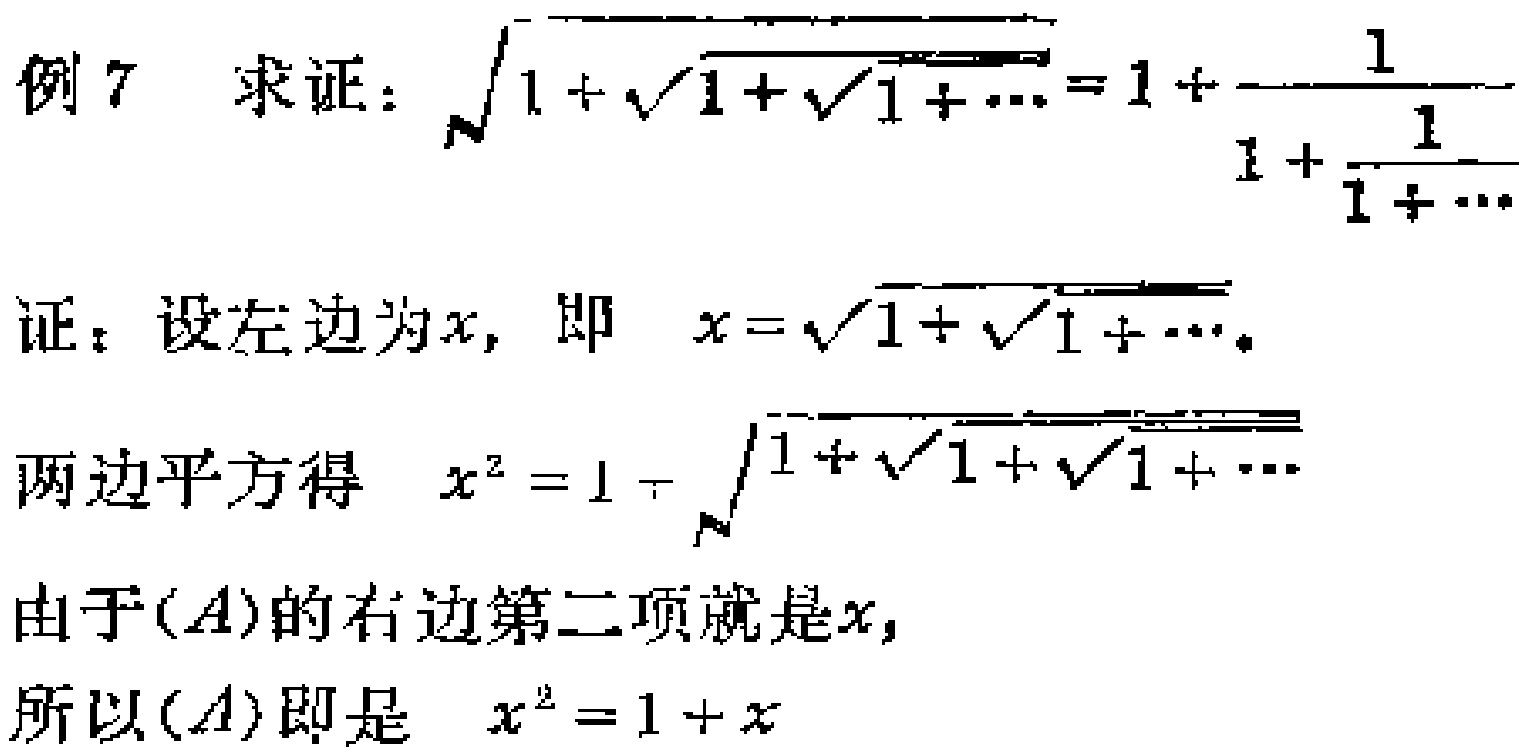
例 7 求证：\(\sqrt{1 + \sqrt{1 + \sqrt{1 + \cdots}}} = 1+\frac{1}{1 + \frac{1}{1+\cdots}}\)

证：设左边为\(x\)，即 \(x = \sqrt{1 + \sqrt{1 + \cdots}}\)。

两边平方得 \(x^{2}=1 + \sqrt{1 + \sqrt{1 + \sqrt{1 + \cdots}}}\)

由于\((A)\)的右边第二项就是\(x\)，

所以\((A)\)即是 \(x^{2}=1 + x\)